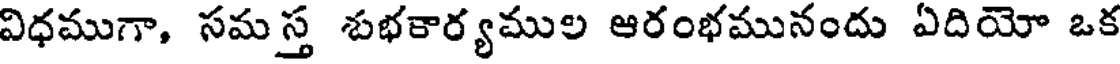
విధముగా, సమస్త శుభకార్యముల ఆరంభమునందు ఏదియో ఒక